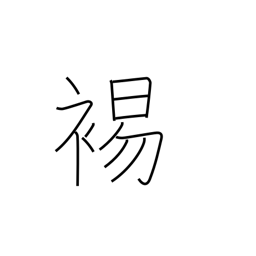
Meaning: to bare the shoulder